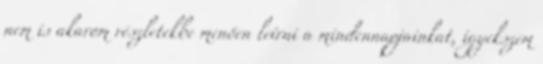
nem is akarom részletekbe menően leírni a mindennapjainkat, igyekszem